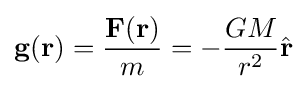
\mathbf {g} (\mathbf {r} )={\frac {\mathbf {F} (\mathbf {r} )}{m}}=-{\frac {GM}{r^{2}}}{\hat {\mathbf {r} }}